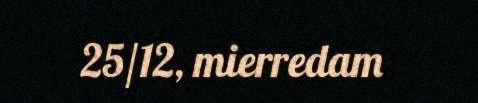
25/12, mierredam